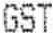
GST